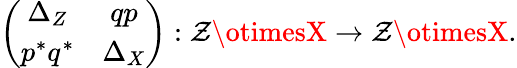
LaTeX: \left(\begin{array}{cc}{{\Delta_{Z}}}&{{qp}}\\ {{p^{*}q^{*}}}&{{\Delta_{X}}}\end{array}\right):\mathcal{Z}\otimesX\to\mathcal{Z}\otimesX.